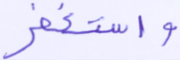
واستغفر